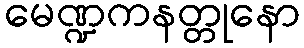
မေဏ္ဍကနတ္တုနော